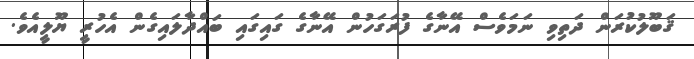
ޤަބޫލުކުރަން ދަތިވި ނަމަވެސް އޭނާގެ ފުރަގަހުން އޭނާގެ ގައިގައި ބައްދާލައިގެން އެހުރީ ޔޫލީއެވެ.